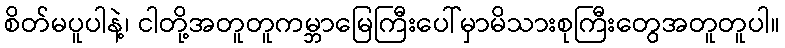
စိတ်မပူပါနဲ့၊ ငါတို့အတူတူကမ္ဘာမြေကြီးပေါ်မှာမိသားစုကြီးတွေအတူတူပါ။